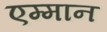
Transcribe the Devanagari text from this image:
एम्मान